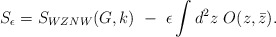
\begin{align*}S_\epsilon=S_{WZNW}(G,k)~-~\epsilon\int d^2z~O(z,\bar z).\end{align*}